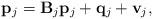
LaTeX: \begin{align*}\bold{p}_{j}=\bold{B}_{j}\bold{p}_{j}+\bold{q}_{j}+\bold{v}_{j},\end{align*}